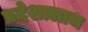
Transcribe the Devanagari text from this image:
प्रदेशालाच